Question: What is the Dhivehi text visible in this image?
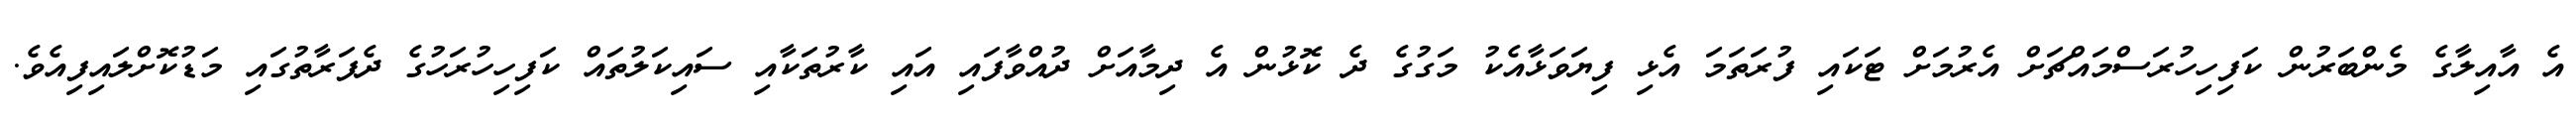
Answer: އެ އާއިލާގެ މެންބަރުން ކަފިހިހުރަސްމައްޗަށް އެރުމަށް ޓަކައި ފުރަތަމަ އެޅި ފިޔަވަޅާއެކު މަގުގެ ދެ ކޮޅުން އެ ދިމާއަށް ދުއްވާފައި އައި ކާރުތަކާއި ސައިކަލުތައް ކަފިހިހުރަހުގެ ދެފަރާތުގައި މަޑުކޮށްލައިފިއެވެ.